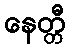
နေတ္တီ